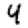
Digit: 4